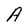
Character: A